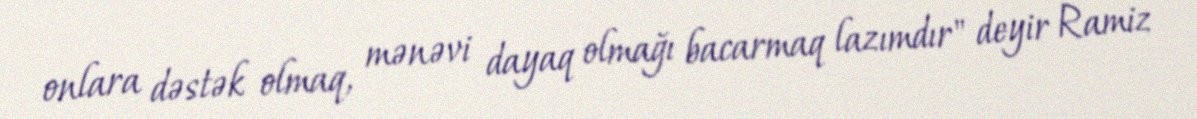
onlara dəstək olmaq, mənəvi dayaq olmağı bacarmaq lazımdır" deyir Ramiz